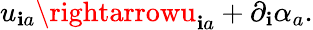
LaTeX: u_{\mathbf{i}a}\rightarrowu_{\mathbf{i}a}+\partial_{\mathbf{i}}\alpha_{a}.